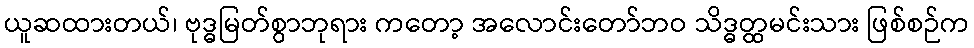
ယူဆထားတယ်၊ ဗုဒ္ဓမြတ်စွာဘုရား ကတော့ အလောင်းတော်ဘဝ သိဒ္ဓတ္ထမင်းသား ဖြစ်စဉ်က